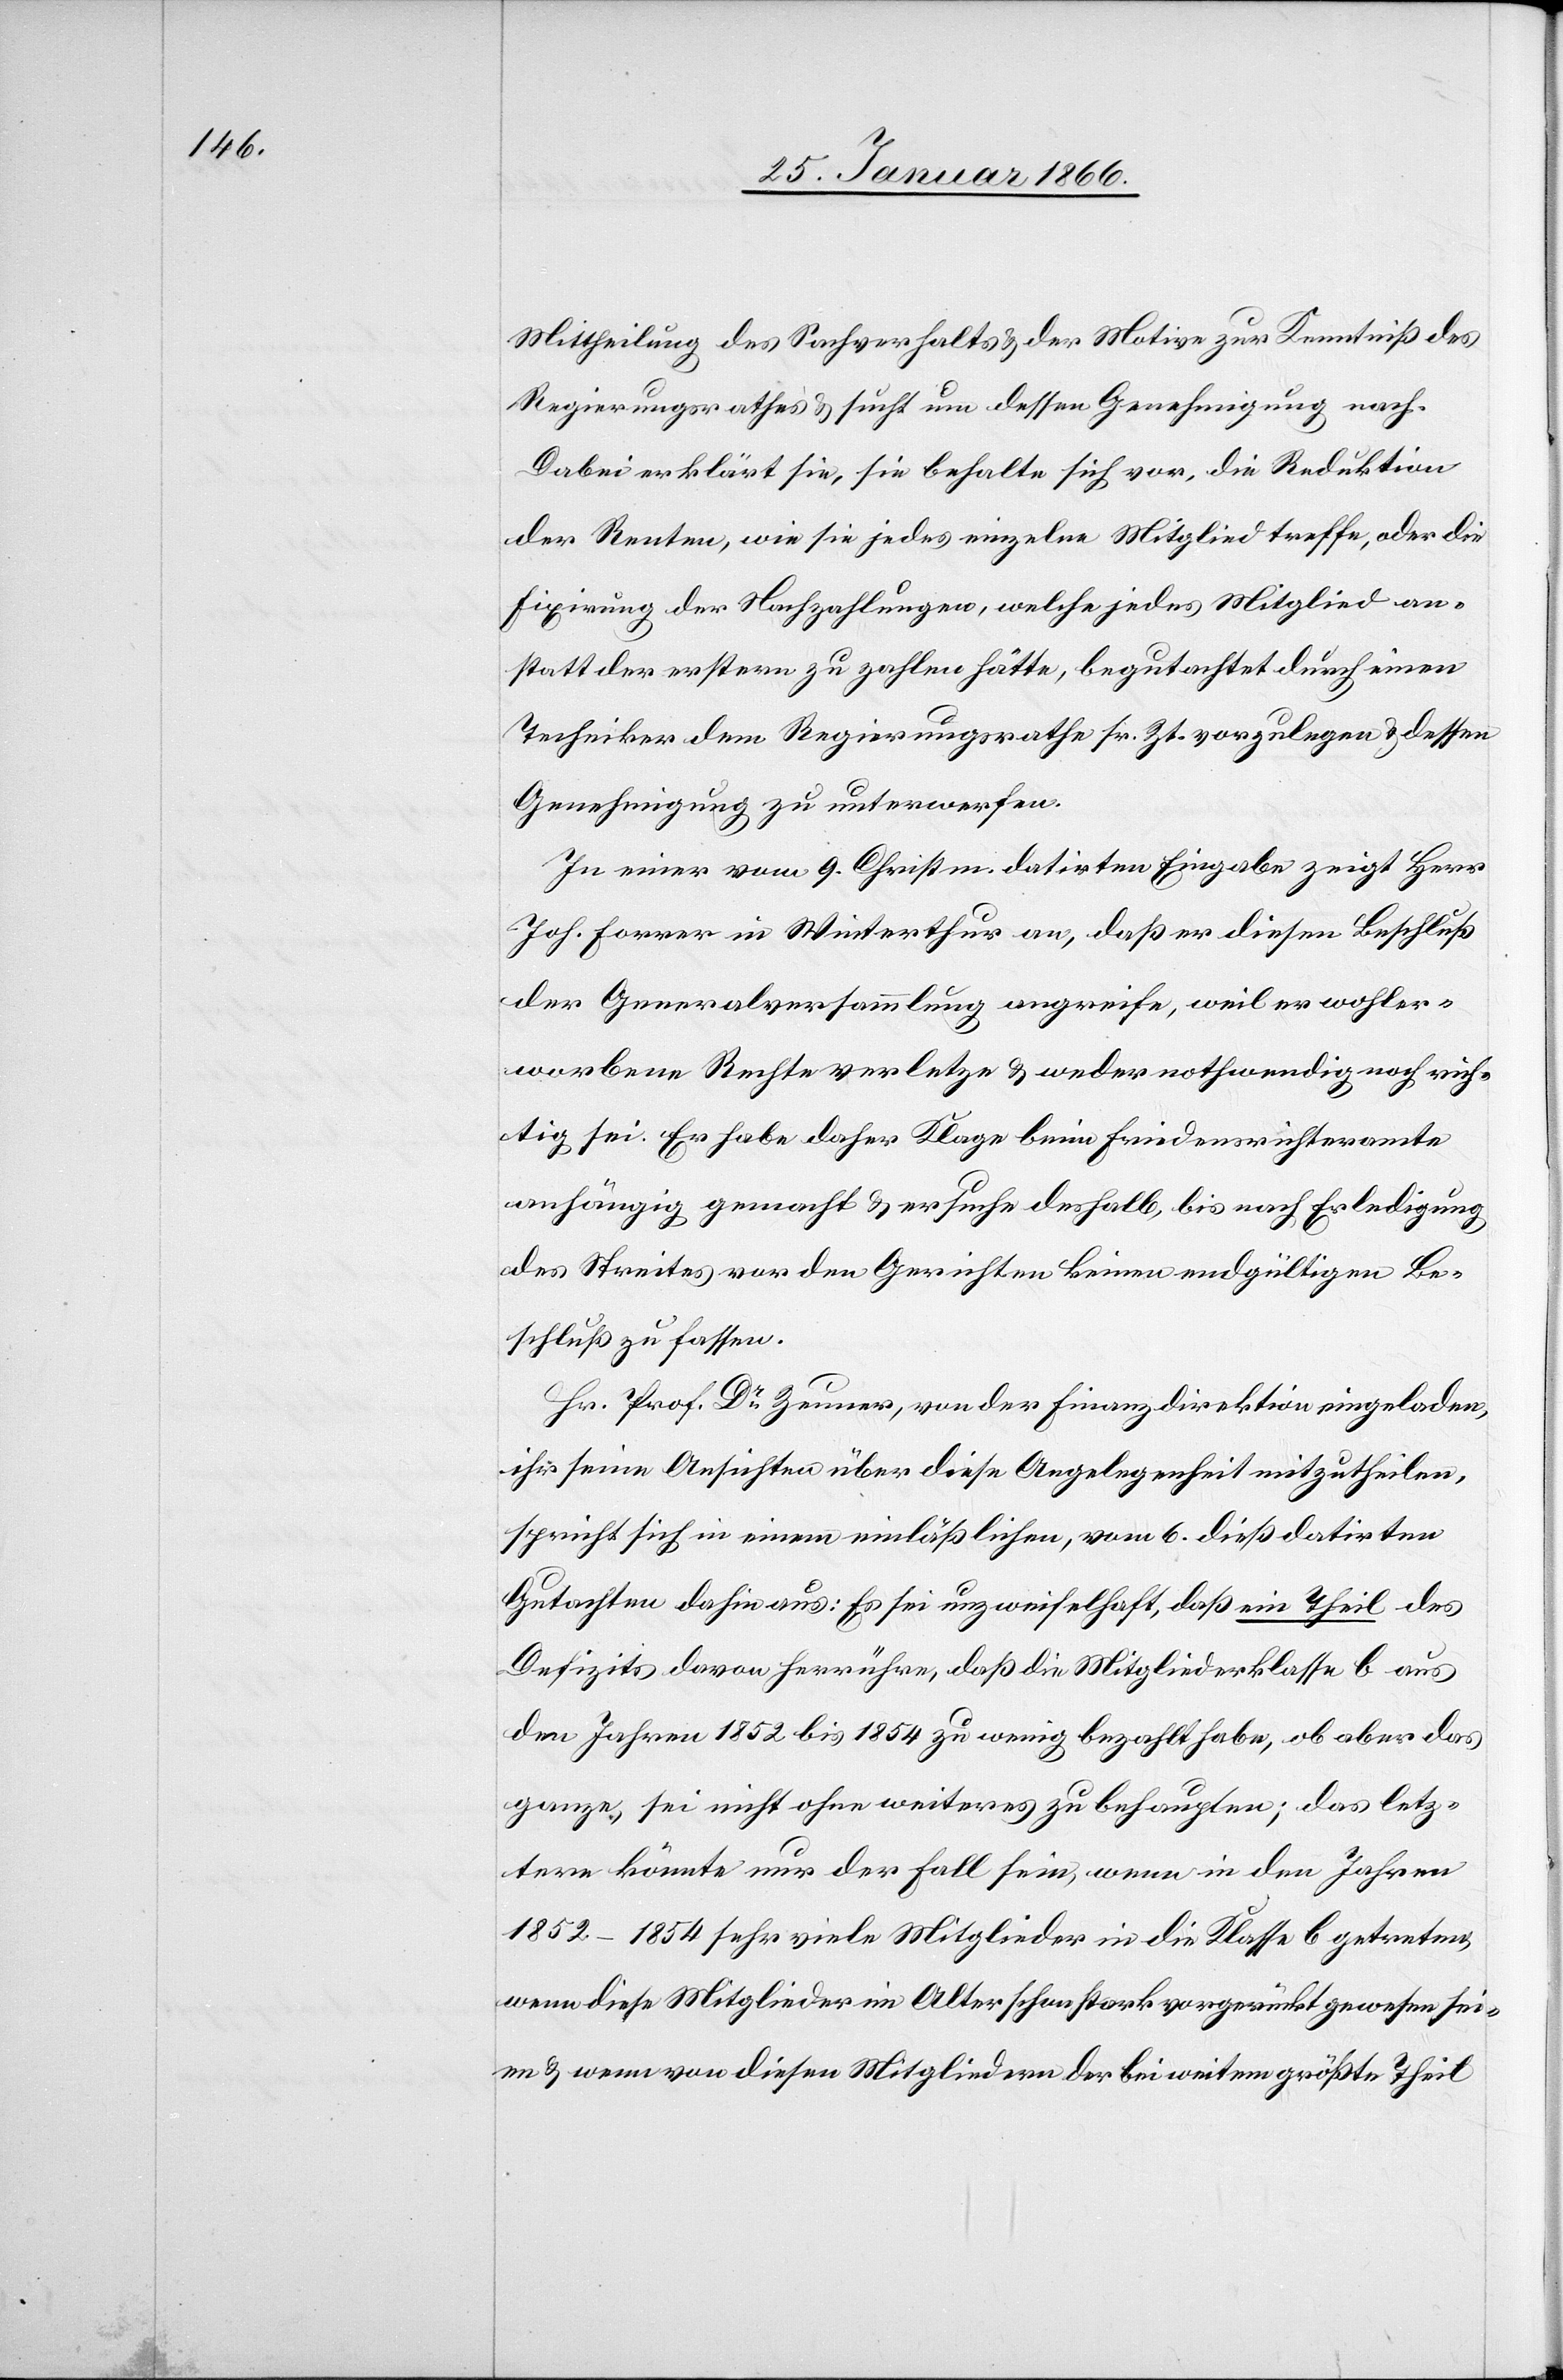
Mittheilung des Sachverhalts u. der Motive zur Kenntniß des
Regierungsrathes u. sucht um dessen Genehmigung nach.
Dabei erklärt sie, sie behalte sich vor, die Reduktion
der Renten, wie sie jedes einzelne Mitglied treffe, oder die
Fixirung der Nachzahlungen, welche jedes Mitglied an¬
statt der erstern zu zahlen hätte, begutachtet durch einen
Techniker dem Regierungsrathe sr. Zt. vorzulegen u. dessen
Genehmigung zu unterwerfen.
In einer vom 9. Christm. datirten Eingabe zeigt Herr
Joh. Forrer in Winterthur an, daß er diesen Beschluß
der Generalversammlung angreife, weil er wohler¬
worbene Rechte verletze u. weder nothwendig noch rich¬
tig sei. Er habe daher Klage beim Friedenrichteramte
anhängig gemacht u. ersuche deshalb, bis nach Erledigung
des Streites vor den Gerichten keinen endgültigen Be¬
schluß zu fassen.
Hr. Prof. Dr. Zeuner, von der Finanzdirektion eingeladen,
ihr seine Ansichten über diese Angelegenheit mitzutheilen,
spricht sich in einem einläßlichen, vom 6. dieß datirten
Gutachten dahin aus: Es sei unzweifelhaft, daß ein Theil des
Defizits davon herrühre, daß die Mitgliederklasse B aus
den Jahren 1852 bis 1854 zu wenig bezahlt habe, ob aber das
ganze, sei nicht ohne weiteres zu behaupten; das letz¬
tere könnte nur der Fall sein, wenn in den Jahren
1852–1854 sehr viele Mitglieder in die Klasse B getreten,
wenn diese Mitglieder im Alter schon stark vorgerückt gewesen sei¬
en u. wenn von diesen Mitgliedern der bei weitem größte Theil